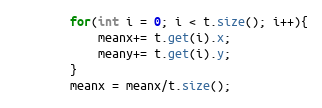
Language: Java
		for(int i = 0; i < t.size(); i++){
			meanx+= t.get(i).x;
			meany+= t.get(i).y;
		}
		meanx = meanx/t.size();